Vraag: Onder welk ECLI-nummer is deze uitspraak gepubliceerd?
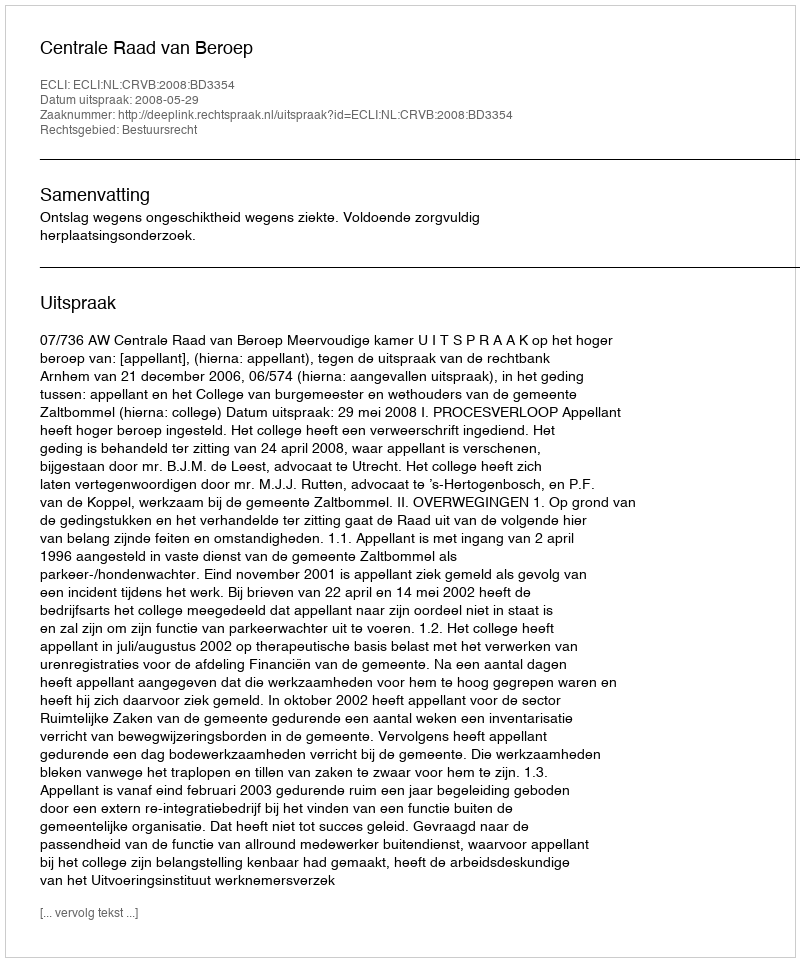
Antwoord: ECLI:NL:CRVB:2008:BD3354